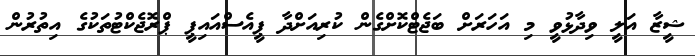
ޝީޒާ އަލީ ވިދާޅުވީ މި އަހަރަށް ބަޖެޓްކޮށްގެން ކުރިއަށްދާ ޕީއެސްއައިޕީ ޕްރޮޖެކްޓުތަކުގެ އިތުރުން